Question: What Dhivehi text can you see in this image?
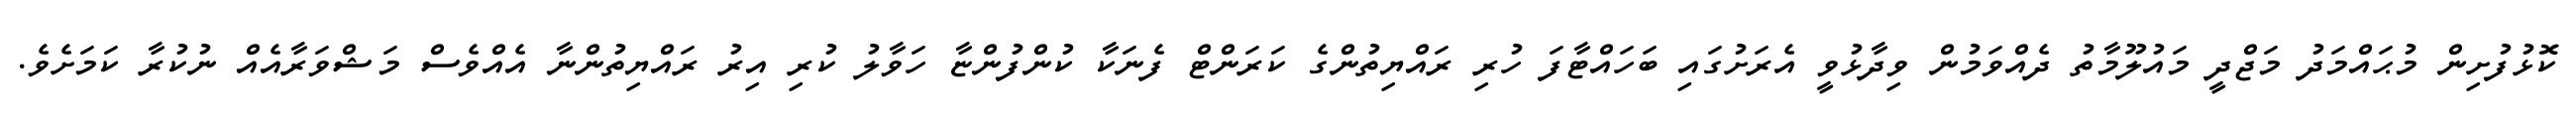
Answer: ކޮޅުފުށިން މުޙައްމަދު މަޖްދީ މައުލޫމާތު ދެއްވަމުން ވިދާޅުވީ އެރަށުގައި ބަހައްޓާފަ ހުރި ރައްޔިތުންގެ ކަރަންޓް ފެނަކާ ކުންފުންޏާ ހަވާލު ކުރި އިރު ރައްޔިތުންނާ އެއްވެސް މަޝްވަރާއެއް ނުކުރާ ކަމަށެވެ.